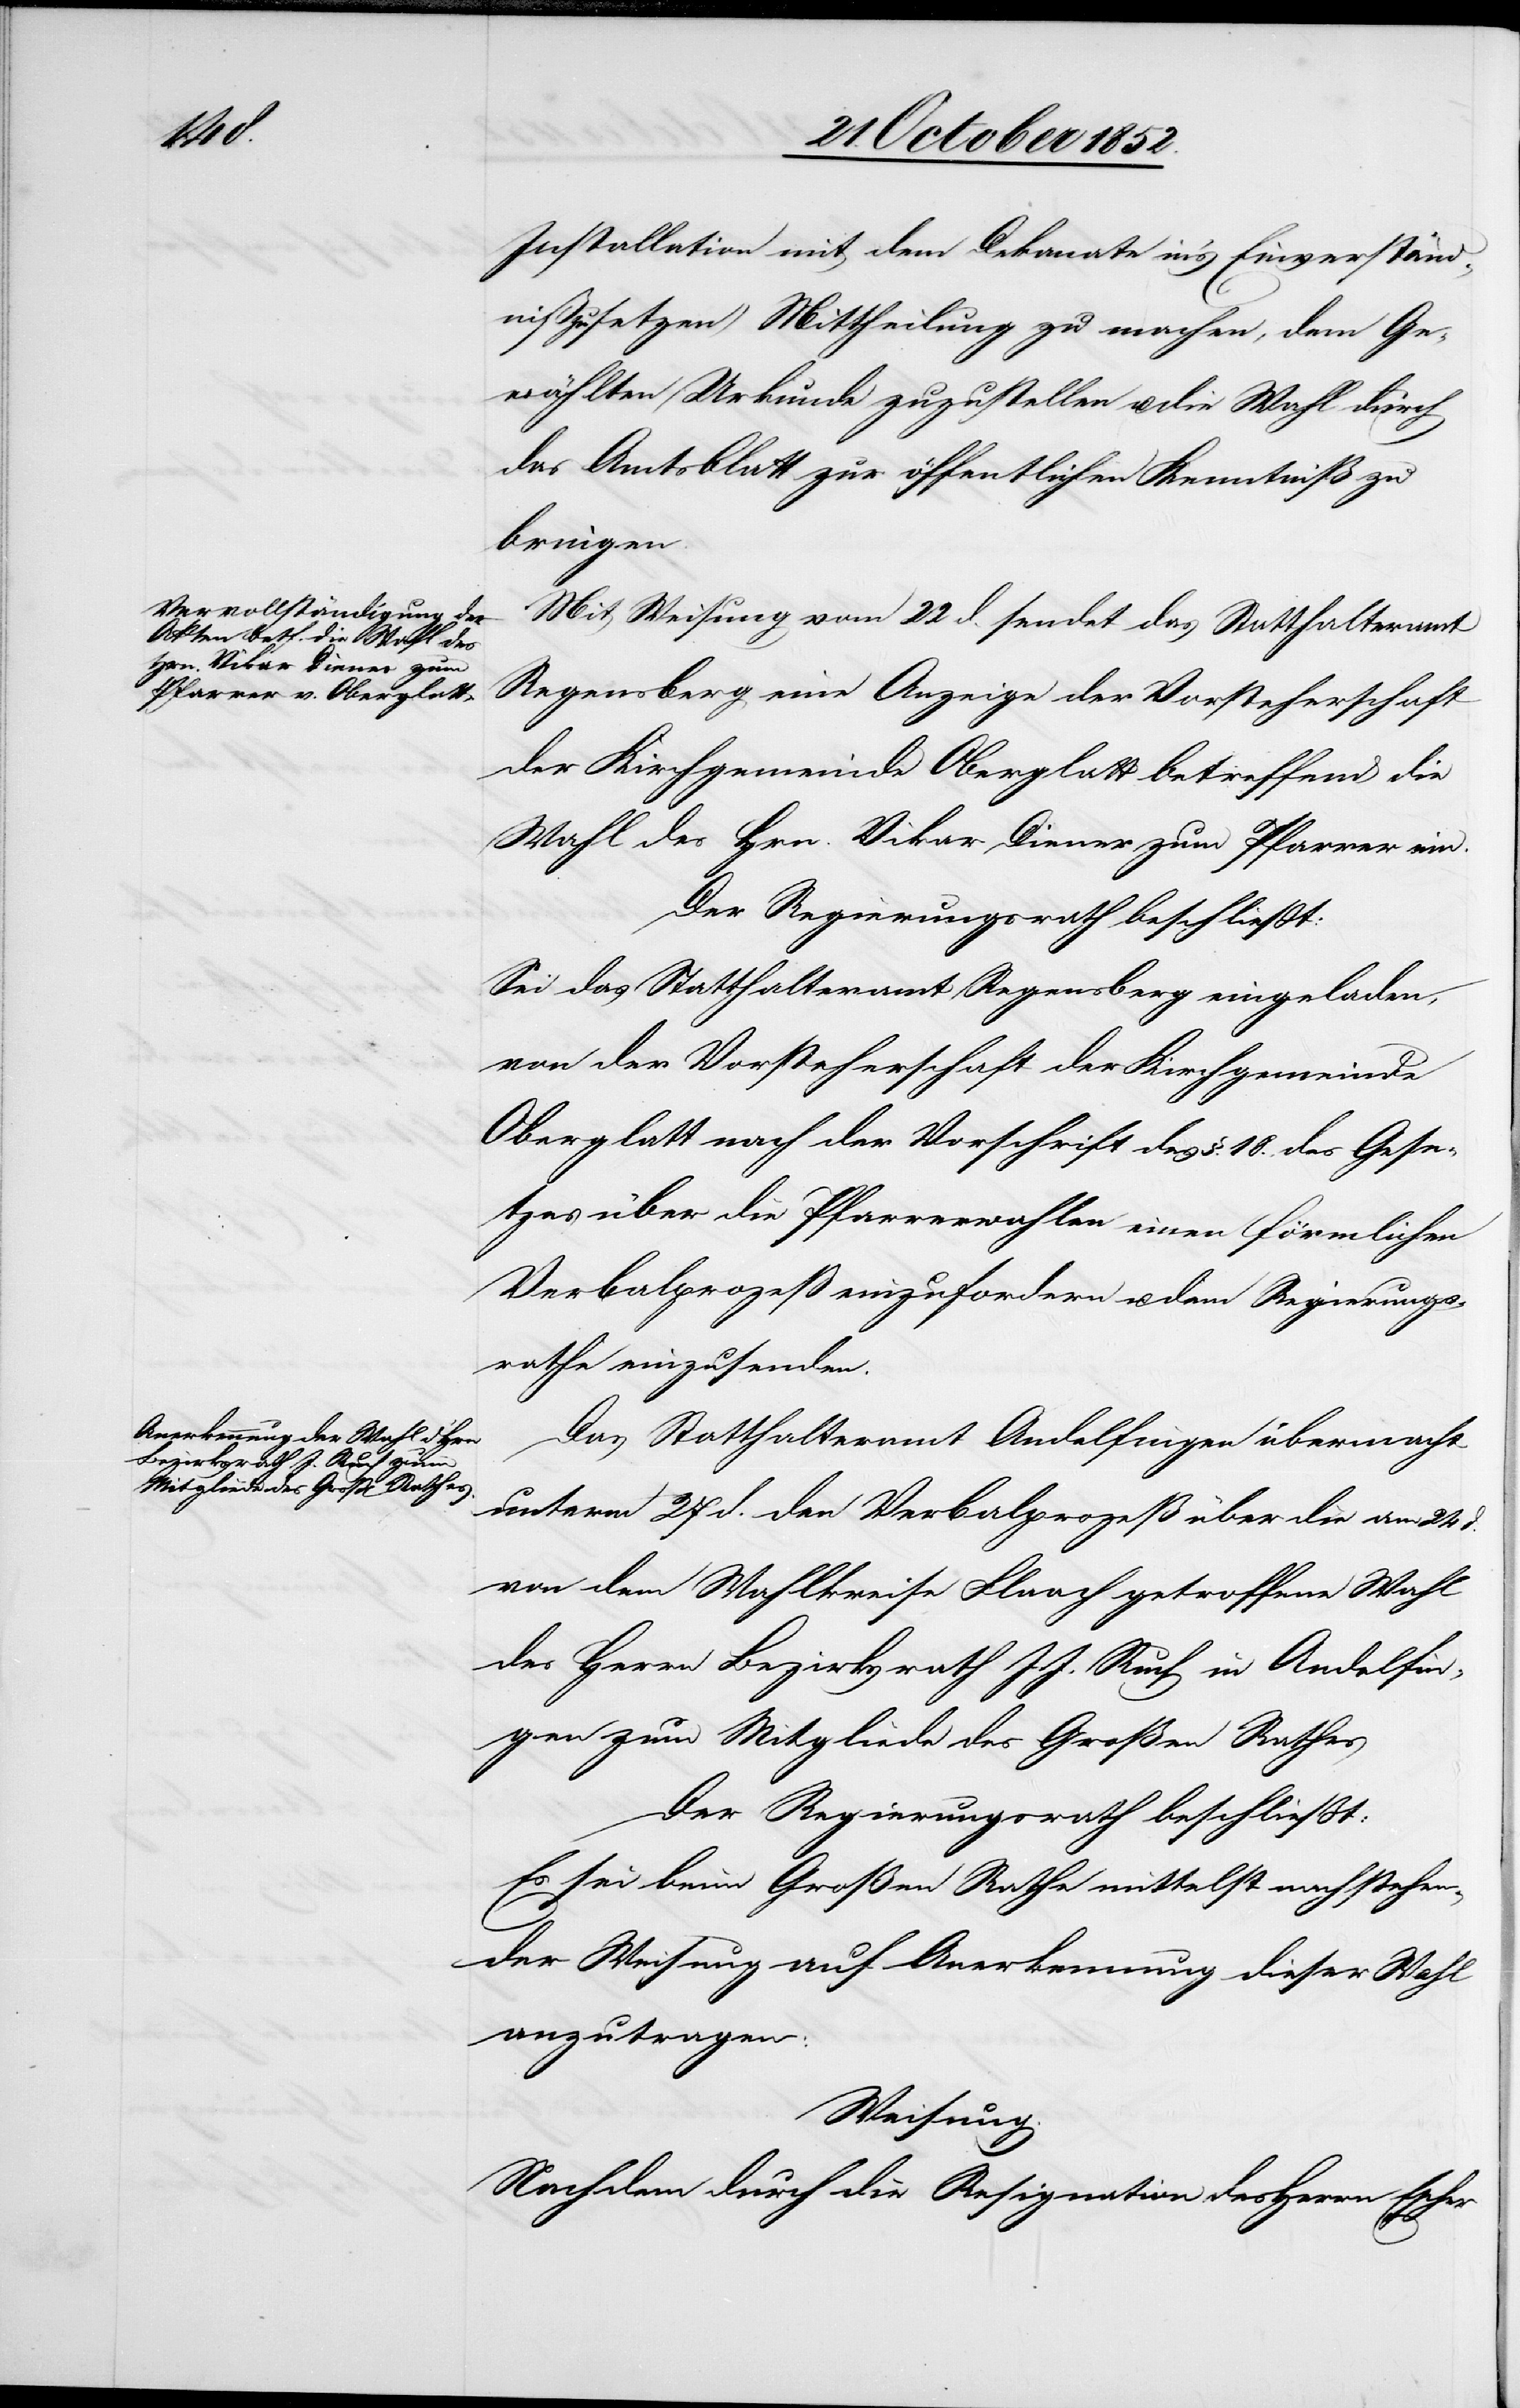
Installation mit dem Dekanate in’s Einverständ¬
niß zu setzen) Mittheilung zu machen, dem Ge¬
wählten Urkunde zuzustellen u. die Wahl durch
das Amtsblatt zur öffentlichen Kenntniß zu
bringen.
Mit Weisung vom 22 d. sendet das Statthalteramt
Regensberg eine Anzeige der Vorsteherschaft
der Kirchgemeinde Oberglatt betreffend die
Wahl des Hrn. Vikar Diener zum Pfarrer ein.
Der Regierungsrath beschließt:
Sei das Statthalteramt Regensberg eingeladen,
von der Vorsteherschaft der Kirchgemeinde
Oberglatt nach der Vorschrift des §. 18. des Gese¬
tzes über die Pfarrerwahlen einen förmlichen
Verbalprozeß einzufordern u. dem Regierungs¬
rathe einzusenden.
Das Statthalteramt Andelfingen übermacht
unterm 27 d. den Verbalprozeß über die am 24
von dem Wahlkreise Flaach getroffene Wahl
des Herrn Bezirksrath J. J. Ruch in Andelfin¬
gen zum Mitgliede des Großen Rathes
Der Regierungsrath beschließt:
Es sei beim Großen Rathe mittelst nachstehen¬
der Weisung auf Anerkennung dieser Wahl
anzutragen:
Weisung.
Nachdem durch die Resignation des Herrn Escher